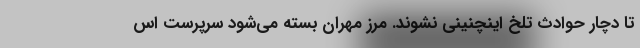
تا دچار حوادث تلخ اینچنینی نشوند. مرز مهران بسته می‌شود سرپرست اس